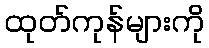
ထုတ်ကုန်များကို